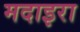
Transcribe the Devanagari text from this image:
मदाइरा